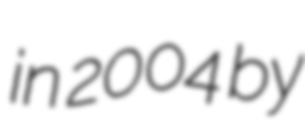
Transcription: in 2004 by